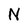
Character: N